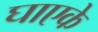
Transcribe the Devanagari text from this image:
घाएके